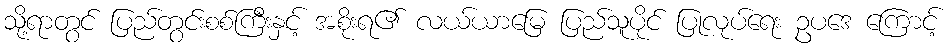
သို့ရာတွင် ပြည်တွင်းစစ်ကြီးနှင့် အစိုးရ၏ လယ်ယာမြေ ပြည်သူပိုင် ပြုလုပ်ရေး ဥပဒေ ကြောင့်